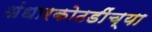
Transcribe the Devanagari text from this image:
अंधारकोठडींच्या